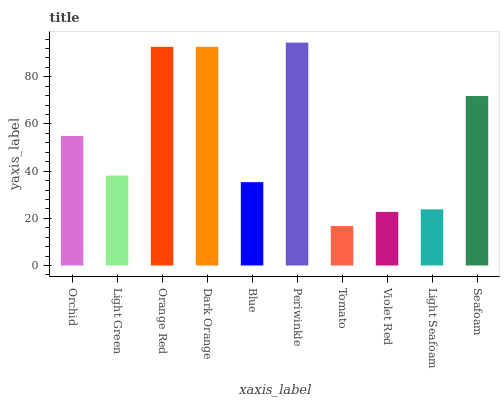
| xaxis_label | bars |
 | --- | --- |
 | Orchid | 54.9 |
 | Light Green | 38.1 |
 | Orange Red | 92.7 |
 | Dark Orange | 92.7 |
 | Blue | 35.3 |
 | Periwinkle | 94.5 |
 | Tomato | 16.7 |
 | Violet Red | 22.7 |
 | Light Seafoam | 23.8 |
 | Seafoam | 71.8 |